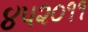
૪૫૨૦૧૧